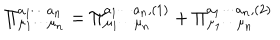
\Pi _ { \mu _ { 1 } \cdots \mu _ { n } } ^ { a _ { 1 } \cdots a _ { n } } = \Pi _ { \mu _ { 1 } \cdots \mu _ { n } } ^ { a _ { 1 } \cdots a _ { n } , ( 1 ) } + \Pi _ { \mu _ { 1 } \cdots \mu _ { n } } ^ { a _ { 1 } \cdots a _ { n } , ( 2 ) }